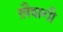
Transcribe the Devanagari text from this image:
ख़ैशगी